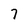
Character: 7